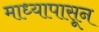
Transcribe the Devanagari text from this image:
माध्यापासून